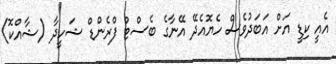
އެއީ ކިޑީ އަށް އަބަދުވެސް ހެޔޮއެދޭ އޭނާގެ ބެސްޓް ފްރެންޑް ޝަހީދާ (ޝާއްކޮ)